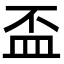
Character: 盃